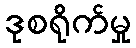
ဒုစရိုက်မှု